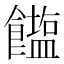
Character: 𮩒